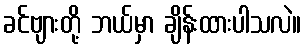
ခင်ဗျားတို့ ဘယ်မှာ ချိန်းထားပါသလဲ။